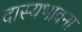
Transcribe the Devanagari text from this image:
दास्यभावना